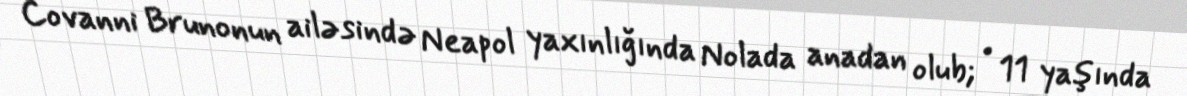
Covanni Brunonun ailəsində Neapol yaxınlığında Nolada anadan olub; • 11 yaşında